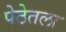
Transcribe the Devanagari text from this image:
पेठेतला